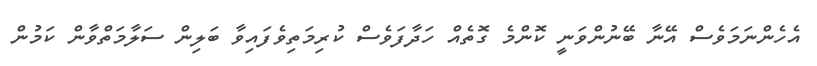
އެހެންނަމަވެސް އޭނާ ބޭނުންވަނީ ކޮންމެ ގޮތެއް ހަދާފަވެސް ކުރިމަތިވެފައިވާ ބަލިން ސަލާމަތްވާން ކަމުން